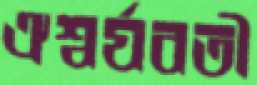
ঐশ্বর্যবতী